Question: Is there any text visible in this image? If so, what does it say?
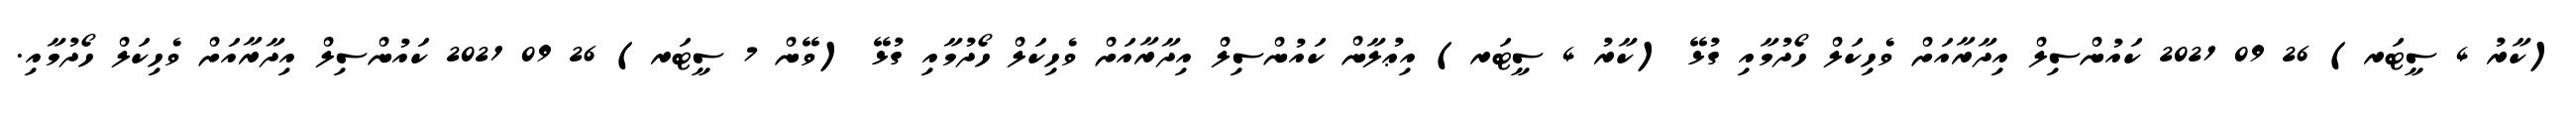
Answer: (ކާރު 4 ސީޓަރ) 26 09 2021 ކައުންސިލް އިދާރާއަށް ވެހިކަލް ހޯދުމާއި ގުޅޭ (ކާރު 4 ސީޓަރ) އިޢުލާން ކައުންސިލް އިދާރާއަށް ވެހިކަލް ހޯދުމާއި ގުޅޭ (ވޭން 7 ސީޓަރ) 26 09 2021 ކައުންސިލް އިދާރާއަށް ވެހިކަލް ހޯދުމާއި.